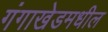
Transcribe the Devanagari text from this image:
गंगाखेडमधील